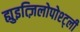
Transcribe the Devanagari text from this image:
ह्युइत्ज़िलोपोश्ट्ली